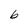
Character: b